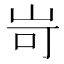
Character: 岢